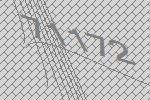
71172